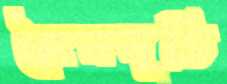
জৈনমূর্তি